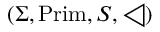
( \Sigma , { \mathrm { P r i m } } , S , \triangleleft )